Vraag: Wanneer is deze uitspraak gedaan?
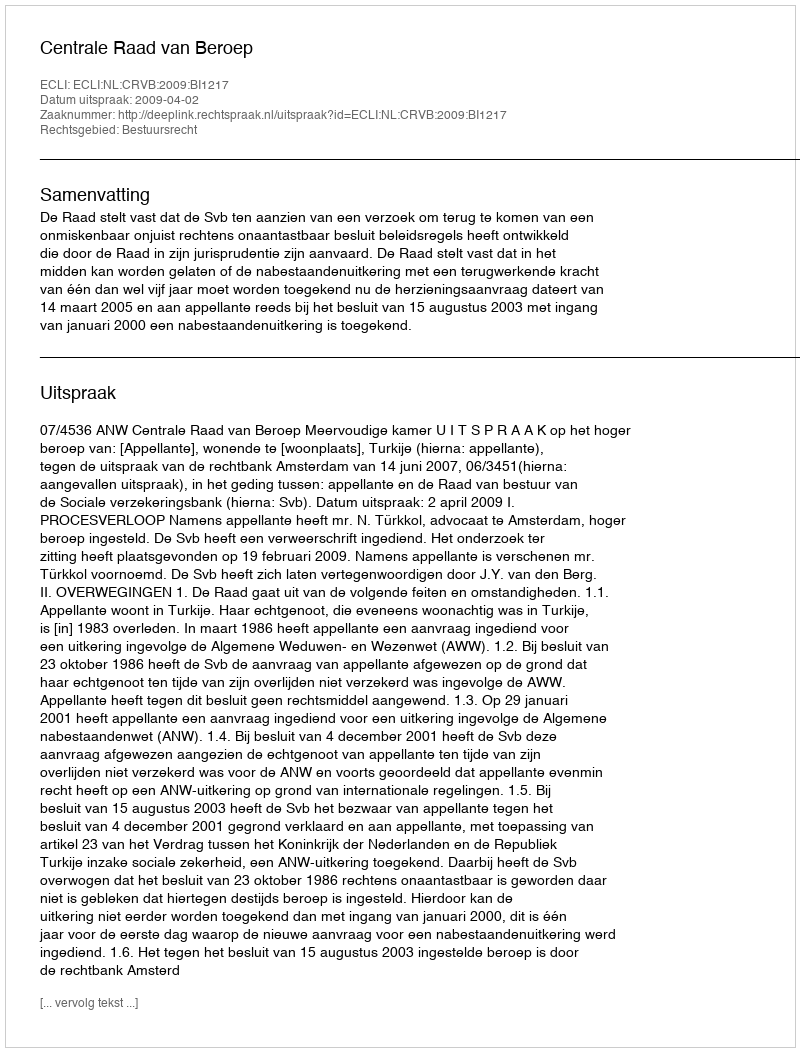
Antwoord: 2009-04-02